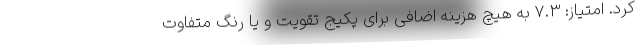
کرد. امتیاز: 7.3 به هیچ هزینه اضافی برای پکیج تقویت و یا رنگ متفاوت